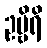
ဥဗ္ဗိရိ